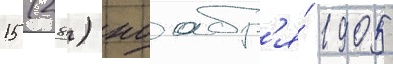
15 (28) ноабр'я́ 1905